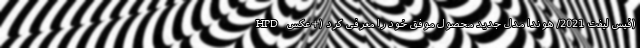
HPD فیس لیفت 2021/ هوندا مدل جدید محصول موفق خود را معرفی کرد (+عکس)